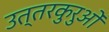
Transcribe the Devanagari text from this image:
उत्तरकुरुओं